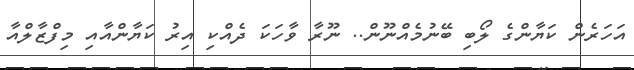
އަހަރެން ކަޔާންގެ ލޯބި ބޭނުމެއްނޫން.. ނޫރާ ވާހަކަ ދެއްކި އިރު ކަޔާންއާއި މިފްޒާލްއާ